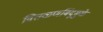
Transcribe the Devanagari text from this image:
वितळणबिंदूमुळे